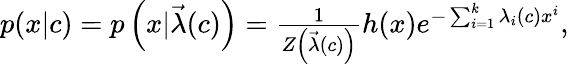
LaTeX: \begin{array}{r}{p(x|c)=p\left(x|\vec{\lambda}(c)\right)=\frac{1}{Z\left(\vec{\lambda}(c)\right)}h(x)e^{-\sum_{i=1}^{k}\lambda_{i}(c)x^{i}},}\end{array}